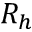
R _ { h }